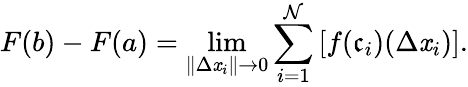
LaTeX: F(b)-F(a)=\operatorname*{lim}_{\| \Delta\mathit{x}_{i}\| \to0}\sum_{i=1}^{\mathcal{N}}\, [f(\mathfrak{c}_{i})(\Delta\mathit{x}_{i})].